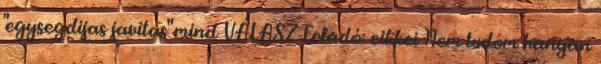
"egysegdijas javitas" mind VÁLASZ Feladó: cikkei Nem tudom hanyan